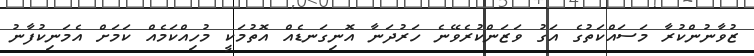
ޒުވާނުންކުރާ މަސައްކަތުގެ އަގު ވަޒަންކުރެވޭނެ ހަރުދަނާ އޮނިގަނޑެއް އޮތުމަކީ މުހިއްކަމެއް ކަމަށް އެމަނިކުފާނު